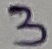
Text: 3